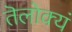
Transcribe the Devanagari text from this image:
तॆलोक्यं